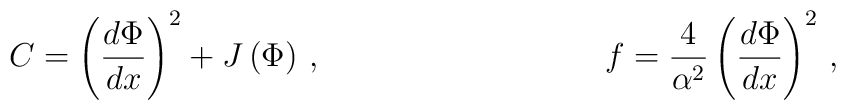
C=\left( \frac{d\Phi }{dx}\right) ^{2}+J\left( \Phi \right) \,,\ \ \ \ \ \ \\ \ \ \ \ \ \ \ \ \ \ \ \ \ \ \ \ \ \ \ \ \ f=\frac{4}{\alpha ^{2}}\left( \frac{d\Phi }{dx}\right) ^{2}\,,